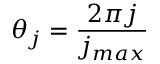
\theta _ { j } = \frac { 2 \pi j } { j _ { m a x } }